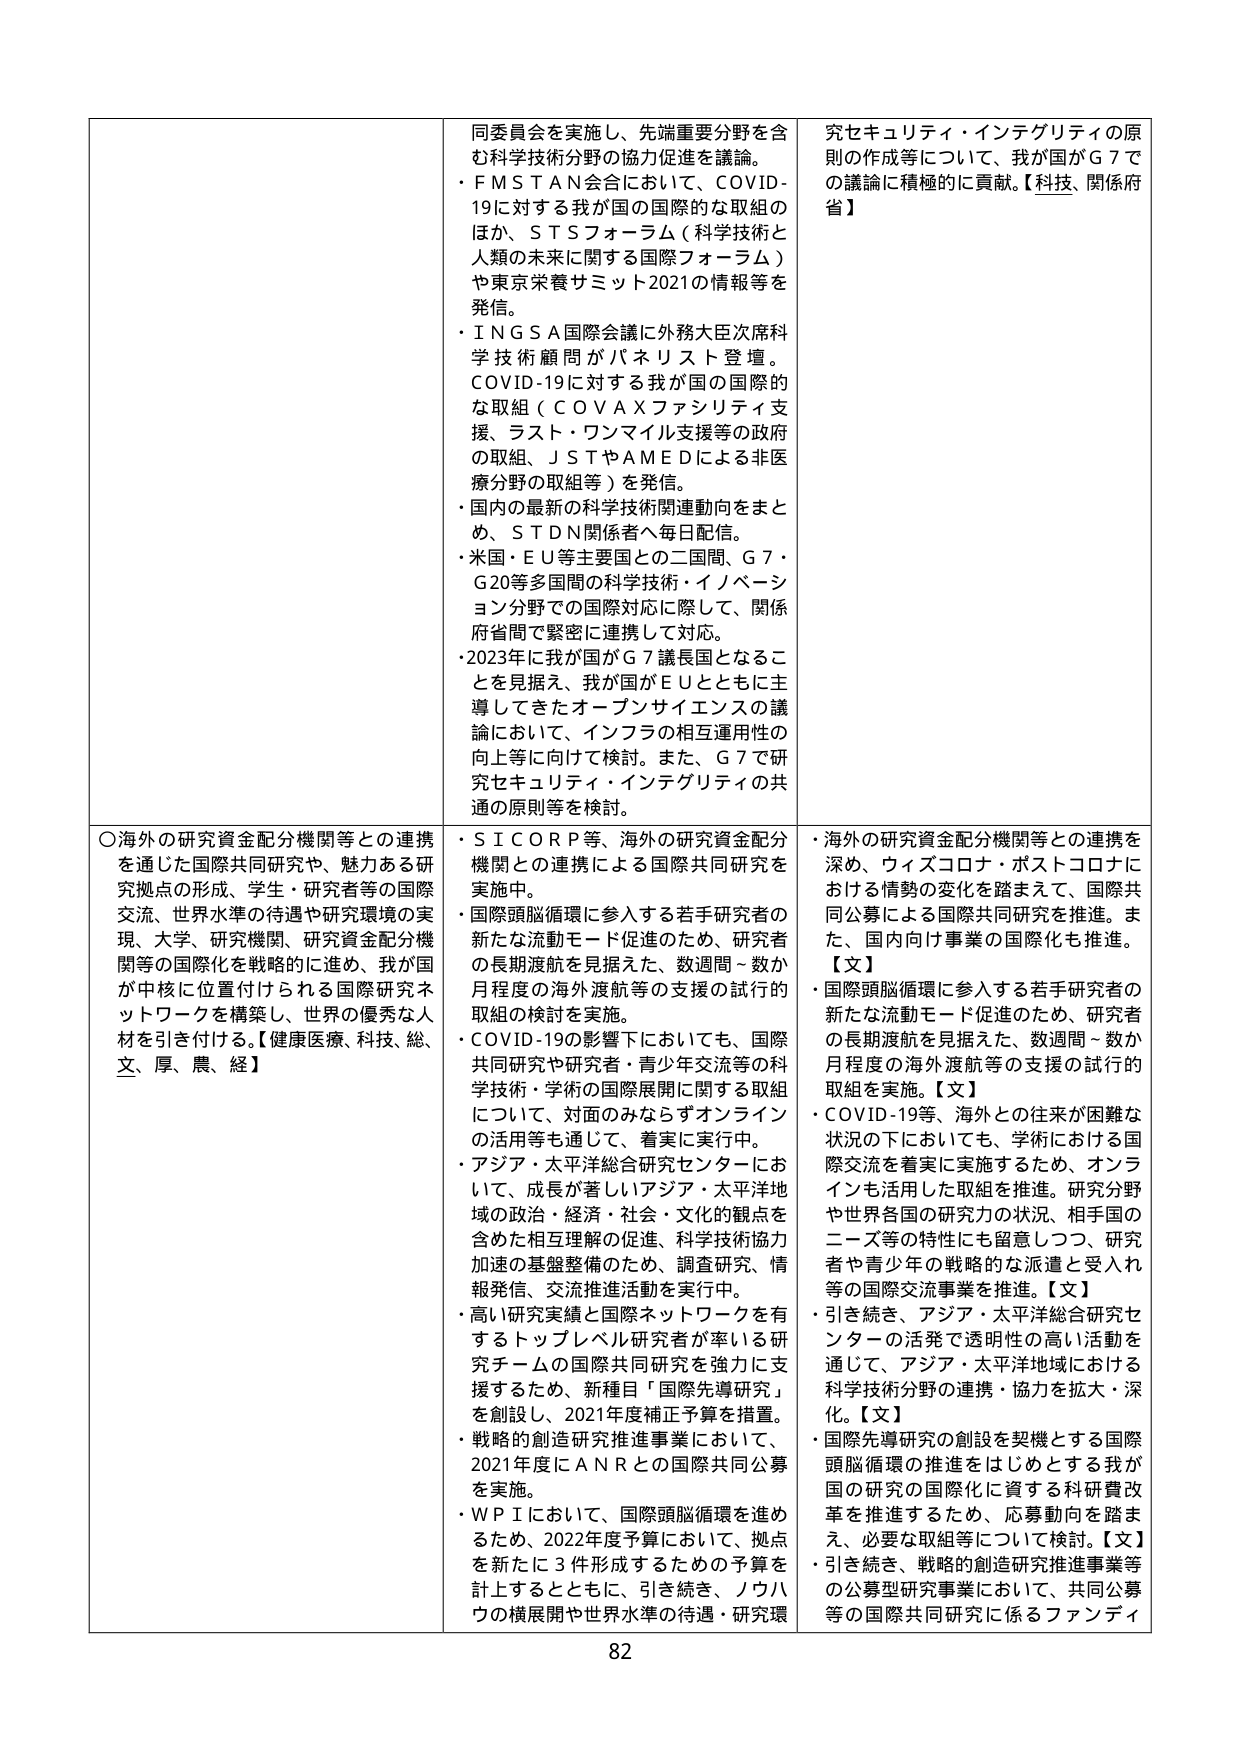
同委員会を実施し、先端重要分野を含む科学技術分野の協力促進を議論。
・ＦＭＳＴＡＮ会合において、ＣＯＶＩＤ-19に対する我が国の国際的な取組のほか、ＳＴＳフォーラム（科学技術と人類の未来に関する国際フォーラム）や東京栄養サミット2021の情報等を発信。
・ＩＮＧＳＡ国際会議に外務大臣次席科学技術顧問がパネリスト登壇。ＣＯＶＩＤ-19に対する我が国の国際的な取組（ＣＯＶＡＸファシリティ支援、ラスト・ワンマイル支援等の政府の取組、ＪＳＴやＡＭＥＤによる非医療分野の取組等）を発信。
・国内の最新の科学技術関連動向をまとめ、ＳＴＤＮ関係者へ毎日配信。
・米国・ＥＵ等主要国との二国間、Ｇ７・Ｇ20等多国間の科学技術・イノベーション分野での国際対応に際して、関係府省間で緊密に連携して対応。
・2023年に我が国がＧ７議長国となることを見据え、我が国がＥＵとともに主導してきたオープンサイエンスの議論において、インフラの相互運用性の向上等に向けて検討。また、Ｇ７で研究セキュリティ・インテグリティの共通の原則等を検討。

〇海外の研究資金配分機関等との連携を通じた国際共同研究や、魅力ある研究拠点の形成、学生・研究者等の国際交流、世界水準の待遇や研究環境の実現、大学、研究機関、研究資金配分機関等の国際化を戦略的に進め、我が国が中枢に位置付けられる国際研究ネットワークを構築し、世界の優秀な人材を引き付ける。【健康医療、科技、総、文、厚、農、経】

・ＳＩＣＯＲＰ等、海外の研究資金配分機関との連携による国際共同研究を実施中。
・国際頭脳循環に参入する若手研究者の新たな流動モード促進のため、研究者の長期渡航を見据えた、数週間～数か月程度の海外渡航等の支援の試行的取組の検討を実施。
・ＣＯＶＩＤ-19の影響下においても、国際共同研究や研究者・青少年交流等の科学技術・学術の国際展開に関する取組について、対面のみならずオンラインの活用等を通じて、着実に実行中。
・アジア・太平洋総合研究センターにおいて、成長が著しいアジア・太平洋地域の政治・経済・社会・文化的観点を含めた相互理解の促進、科学技術協力加速の基盤整備のため、調査研究、情報発信、交流推進活動を実行中。
・高い研究実績と国際ネットワークを有するトップレベル研究者が率いる研究チームの国際共同研究を強力に支援するため、新種目「国際先導研究」を創設し、2021年度補正予算を措置。
・戦略的創造研究推進事業において、2021年度にＡＮＲとの国際共同公募を実施。
・ＷＰＩにおいて、国際頭脳循環を進めるため、2022年度予算において、拠点を新たに３件形成するための予算を計上するとともに、引き続き、ノウハウの横展開や世界水準の待遇・研究環境の整備を推進。

研究セキュリティ・インテグリティの原則の作成等について、我が国がＧ７での議論に積極的に貢献。【科技、関係府省】

・海外の研究資金配分機関等との連携を深め、ウィズコロナ・ポストコロナにおける情勢の変化を踏まえて、国際共同公募による国際共同研究を推進。また、国内向け事業の国際化も推進。【文】
・国際頭脳循環に参入する若手研究者の新たな流動モード促進のため、研究者の長期渡航を見据えた、数週間～数か月程度の海外渡航等の支援の試行的取組を実施。【文】
・ＣＯＶＩＤ-19等、海外との往来が困難な状況の下においても、学術における国際交流を着実に実施するため、オンラインも活用した取組を推進。研究分野や世界各国の研究力の状況、相手国のニーズ等の特性にも留意しつつ、研究者や青少年の戦略的な派遣と受入れ等の国際交流事業を推進。【文】
・引き続き、アジア・太平洋総合研究センターの活発で透明性の高い活動を通じて、アジア・太平洋地域における科学技術分野の連携・協力を拡大・深化。【文】
・国際先導研究の創設を契機とする国際頭脳循環の推進をはじめとする我が国の研究の国際化に資する科研費改革を推進するため、応募動向を踏まえ、必要な取組等について検討。【文】
・引き続き、戦略的創造研究推進事業等の公募型研究事業において、共同公募等の国際共同研究に係るファンディ

82